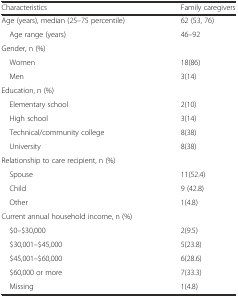
| Characteristics | Family caregivers |
 | --- | --- |
 | Age (years), median (25–75 percentile) | 62 (53, 76) |
 | Age range (years) | 46–92 |
 | Gender, n (%) |  |
 | Women | 18(86) |
 | Men | 3(14) |
 | Education, n (%) |  |
 | Elementary school | 2(10) |
 | High school | 3(14) |
 | Technical/community college | 8(38) |
 | University | 8(38) |
 | Relationship to care recipient, n (%) |  |
 | Spouse | 11(52.4) |
 | Child | 9 (42.8) |
 | Other | 1(4.8) |
 | Current annual household income, n (%) |  |
 | $0–$30,000 | 2(9.5) |
 | $30,001–$45,000 | 5(23.8) |
 | $45,001–$60,000 | 6(28.6) |
 | $60,000 or more | 7(33.3) |
 | Missing | 1(4.8) |